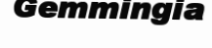
Gemmingia